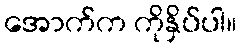
အောက်က ကိုနှိပ်ပါ။